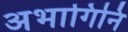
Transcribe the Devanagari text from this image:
अभागिनि